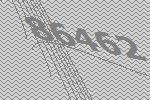
86462